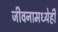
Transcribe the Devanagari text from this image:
जीवनामध्येही